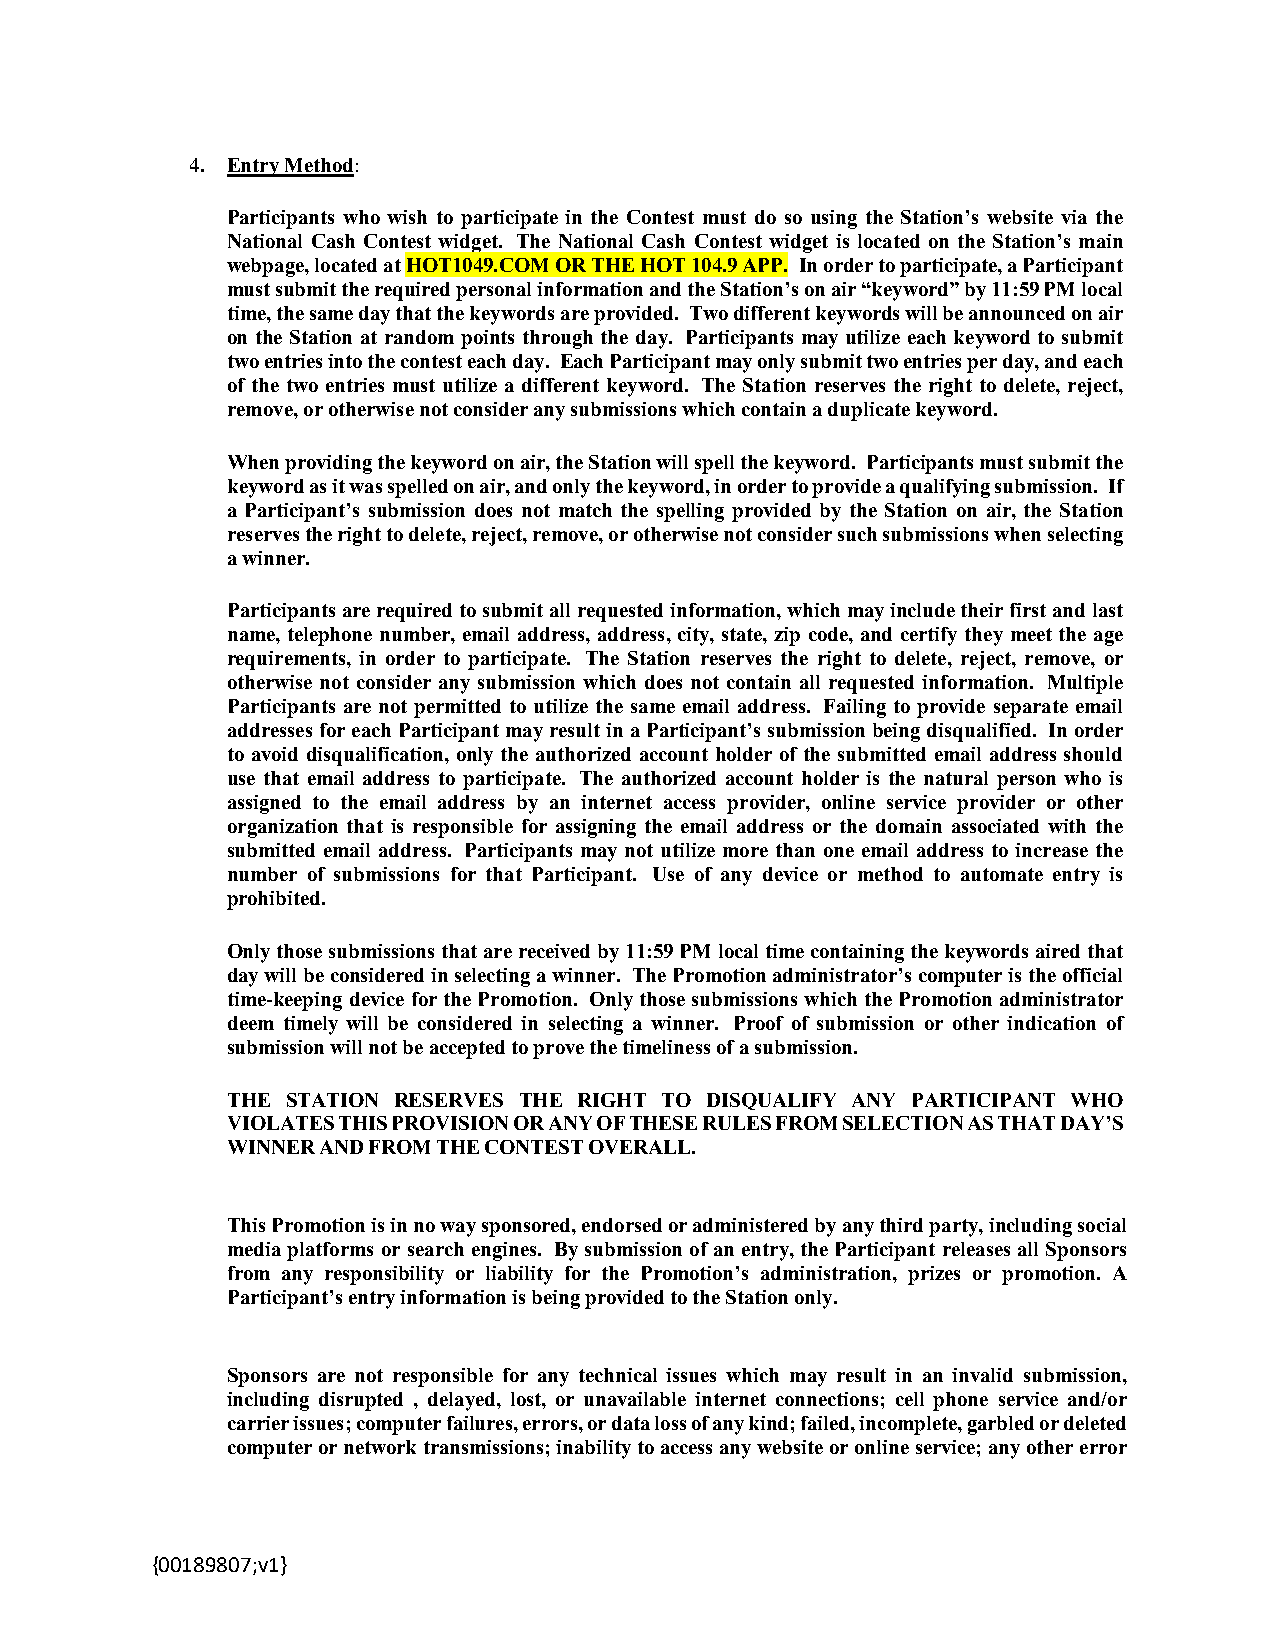
4. Entry Method:
 Participants who wish to participate in the Contest must do so using the Station’s website via the
 National Cash Contest widget. The National Cash Contest widget is located on the Station’s main
 webpage, located at HOT1049.COM OR THE HOT 104.9 APP. In order to participate, a Participant
 must submit the required personal information and the Station’s on air “keyword” by 11:59 PM local
 time, the same day that the keywords are provided. Two different keywords will be announced on air
 on the Station at random points through the day. Participants may utilize each keyword to submit
 two entries into the contest each day. Each Participant may only submit two entries per day, and each
 of the two entries must utilize a different keyword. The Station reserves the right to delete, reject,
 remove, or otherwise not consider any submissions which contain a duplicate keyword.
 When providing the keyword on air, the Station will spell the keyword. Participants must submit the
 keyword as it was spelled on air, and only the keyword, in order to provide a qualifying submission. If
 a Participant’s submission does not match the spelling provided by the Station on air, the Station
 reserves the right to delete, reject, remove, or otherwise not consider such submissions when selecting
 a winner.
 Participants are required to submit all requested information, which may include their first and last
 name, telephone number, email address, address, city, state, zip code, and certify they meet the age
 requirements, in order to participate. The Station reserves the right to delete, reject, remove, or
 otherwise not consider any submission which does not contain all requested information. Multiple
 Participants are not permitted to utilize the same email address. Failing to provide separate email
 addresses for each Participant may result in a Participant’s submission being disqualified. In order
 to avoid disqualification, only the authorized account holder of the submitted email address should
 use that email address to participate. The authorized account holder is the natural person who is
 assigned to the email address by an internet access provider, online service provider or other
 organization that is responsible for assigning the email address or the domain associated with the
 submitted email address. Participants may not utilize more than one email address to increase the
 number of submissions for that Participant. Use of any device or method to automate entry is
 prohibited.
 Only those submissions that are received by 11:59 PM local time containing the keywords aired that
 day will be considered in selecting a winner. The Promotion administrator’s computer is the official
 time-keeping device for the Promotion. Only those submissions which the Promotion administrator
 deem timely will be considered in selecting a winner. Proof of submission or other indication of
 submission will not be accepted to prove the timeliness of a submission.
 THE STATION RESERVES THE RIGHT TO DISQUALIFY ANY PARTICIPANT WHO
 VIOLATES THIS PROVISION OR ANY OF THESE RULES FROM SELECTION AS THAT DAY’S
 WINNER AND FROM THE CONTEST OVERALL.
 This Promotion is in no way sponsored, endorsed or administered by any third party, including social
 media platforms or search engines. By submission of an entry, the Participant releases all Sponsors
 from any responsibility or liability for the Promotion’s administration, prizes or promotion. A
 Participant’s entry information is being provided to the Station only.
 Sponsors are not responsible for any technical issues which may result in an invalid submission,
 including disrupted , delayed, lost, or unavailable internet connections; cell phone service and/or
 carrier issues; computer failures, errors, or data loss of any kind; failed, incomplete, garbled or deleted
 computer or network transmissions; inability to access any website or online service; any other error
 {00189807;v1}